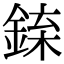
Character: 𨧲